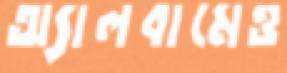
অ্যালবামেও